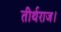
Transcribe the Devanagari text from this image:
तीर्थराज।